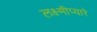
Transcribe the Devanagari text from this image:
लक्ष्मीप्यारे